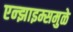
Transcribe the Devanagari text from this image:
एन्झाइम्समुळे